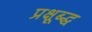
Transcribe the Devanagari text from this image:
प्रक्षूब्द्ध